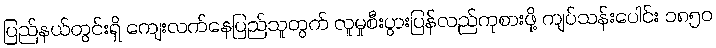
ပြည်နယ်တွင်းရှိ ကျေးလက်နေပြည်သူတွက် လူမှုစီးပွားပြန်လည်ကုစားဖို့ ကျပ်သန်းပေါင်း ၁၈၅၀